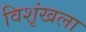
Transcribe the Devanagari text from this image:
विशृंखला